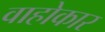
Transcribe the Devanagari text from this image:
वाहोकार